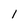
Character: 1